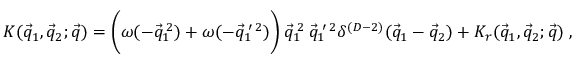
{ \cal K } ( \vec { q } _ { 1 } , \vec { q } _ { 2 } ; \vec { q } ) = \biggl ( \omega ( - \vec { q } _ { 1 } ^ { \: 2 } ) + \omega ( - \vec { q } _ { 1 } ^ { \: \prime \: 2 } ) \biggr ) \: \vec { q } _ { 1 } ^ { \: 2 } \: \vec { q } _ { 1 } ^ { \: \prime \: 2 } \delta ^ { ( D - 2 ) } ( \vec { q } _ { 1 } - \vec { q } _ { 2 } ) + { \cal K } _ { r } ( \vec { q } _ { 1 } , \vec { q } _ { 2 } ; \vec { q } ) \; ,